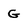
Character: G